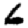
Digit: 6